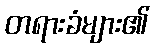
တရားခံများ၏